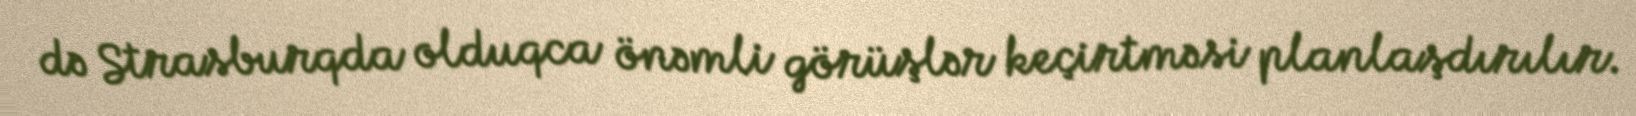
də Strasburqda olduqca önəmli görüşlər keçirtməsi planlaşdırılır.